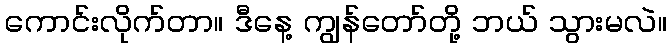
ကောင်းလိုက်တာ။ ဒီနေ့ ကျွန်တော်တို့ ဘယ် သွားမလဲ။